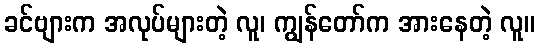
ခင်ဗျားက အလုပ်များတဲ့ လူ၊ ကျွန်တော်က အားနေတဲ့ လူ။